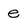
Character: e